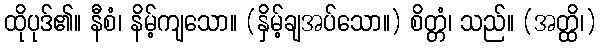
ထိုပုဒ်၏။ နီစံ၊ နိမ့်ကျသော။ (နှိမ့်ချအပ်သော။) စိတ္တံ၊ သည်။ (အတ္ထိ၊)